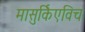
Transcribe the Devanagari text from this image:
मासुर्किएविच